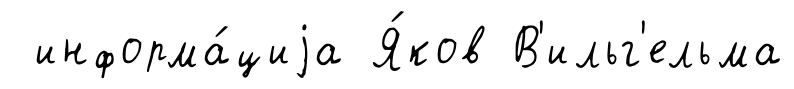
информа́циjа Я́ков В'ильг'ельма